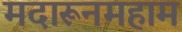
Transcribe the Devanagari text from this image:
मदारूनमहाम